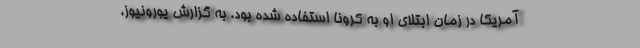
آمریکا در زمان ابتلای او به کرونا استفاده شده بود. به گزارش یورونیوز،